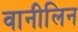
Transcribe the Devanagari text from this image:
वानीलिन